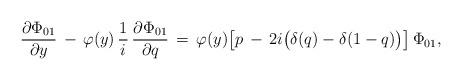
LaTeX: \begin{align*}\frac{\partial\Phi_{01}}{\partial y}\,-\,\varphi(y)\,\frac 1i\,\frac{\partial \Phi_{01}}{\partial q}\,=\,\varphi(y)\bigl[p\,-\,2i\bigl(\delta(q)-\delta(1-q)\bigr)\bigr]\,\Phi_{01},\end{align*}